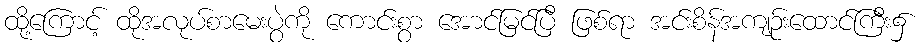
ထို့ကြောင့် ထိုအလုပ်စာမေးပွဲကို ကောင်းစွာ အောင်မြင်ပြီ ဖြစ်ရာ အင်းစိန်အကျဉ်းထောင်ကြီး၌